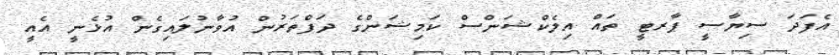
އެފަދަ ސިޔާސީ ޕާރޓީ ތައް އިލެކްޝަންސް ކަމިޝަންގެ ދަފްތަރުން އުވާނުލައިގެން އުޅެނީ އެއީ